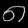
Digit: ၈